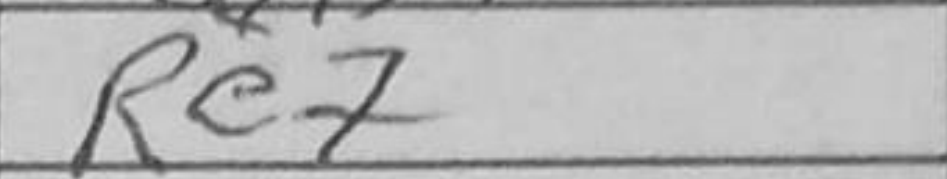
Transcription: Re7